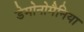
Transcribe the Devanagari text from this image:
डेमोनोमैनिया